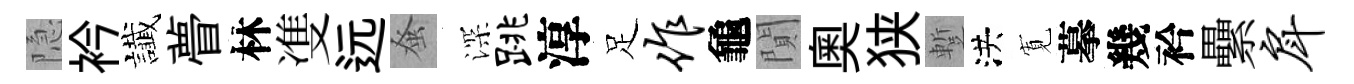
隐衿䜟瞢林㕠远𫊫深跳淳足作龜閴奥狭蹔洪𡩖摹幾衿纍戽